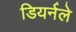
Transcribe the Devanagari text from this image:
डियर्नले